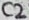
Text: C2